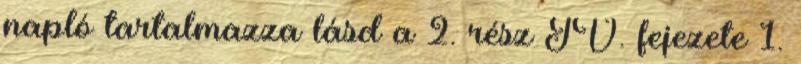
napló tartalmazza lásd a 2. rész IV. fejezete 1.